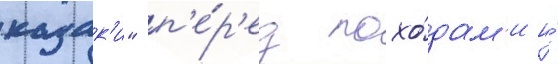
казак'и" п'е́р'ед похо́дам'и и́